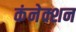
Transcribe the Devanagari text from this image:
कंनेक्शन